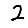
Digit: 2